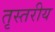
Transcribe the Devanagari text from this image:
तृस्तरीय